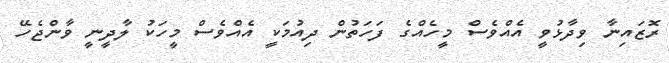
ރޮޒައިނާ ވިދާޅުވީ އެއްވެސް މީހެއްގެ ފަހަތުން ދިއުމަކީ އެއްވެސް މީހަކު ލާދީނީ ވާންޖެހޭ